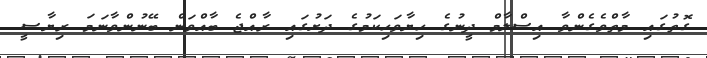
ގޮތުގައި މާތްވެގެންވާ އިސްލާމް ދީނުގެ ހިޔާވަހިކަމުގެ ދަށުގައި ރާއްޖެ ބާއްވަން ބޭނުންވާނަމަ ރިޔާސީ